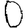
Digit: 0